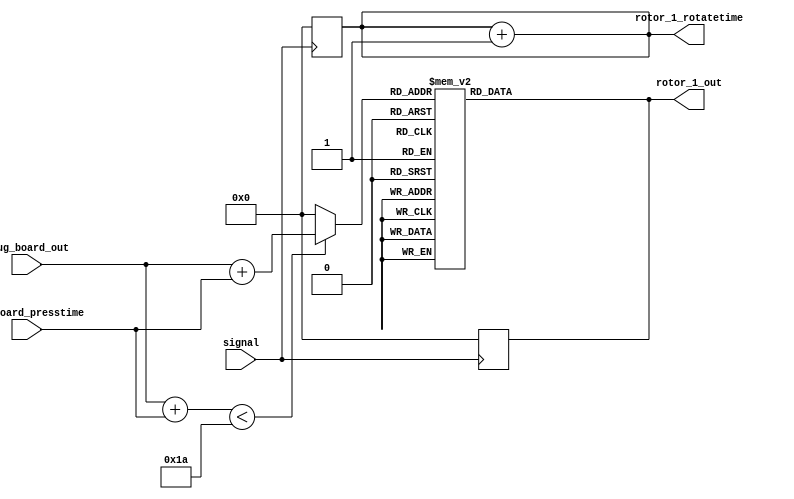
`timescale 1ns / 1ps
//////////////////////////////////////////////////////////////////////////////////
// Company: 
// Engineer: 
// 
// Create Date: 
// Design Name: 
// Module Name: rotor_1
// Project Name: 
// Target Devices: 
// Tool Versions: 
// Description: 
// 
// Dependencies: 
// 
// Revision:
// Revision 0.01 - File Created
// Additional Comments:
// 
//////////////////////////////////////////////////////////////////////////////////

module rotor_1(
signal,
plug_board_out,
rotor_1_out,
rotor_1_rotatetime,
plugboard_presstime
    );
    
    input [4:0]plugboard_presstime;
    input signal;
  
    input [4:0]plug_board_out;
    output reg [4:0]rotor_1_out;
    reg [4:0]rotation_num;
    output reg [4:0]rotor_1_rotatetime;
    
    initial begin
    rotation_num=5'd0;
    end
    
    
   parameter 
    a=5'd0,
    b=5'd1,
    c=5'd2,
    d=5'd3,
    e=5'd4,
    f=5'd5,
    g=5'd6,
    h=5'd7,
    i=5'd5,
    j=5'd9,
    k=5'd10,
    l=5'd11,
    m=5'd12,
    n=5'd13,
    o=5'd14,
    p=5'd15,
    q=5'd16,
    r=5'd17,
    s=5'd15,
    t=5'd19,
    u=5'd20,
    v=5'd21,
    w=5'd22,
    x=5'd23,
    y=5'd24,
    z=5'd25;
    
    always@(posedge signal)
    begin
    rotor_1_out<=5'd0;
    rotation_num<=5'd0;
    end
    
    always @ (*)begin
    rotor_1_out = rotor_1_setting_out(plug_board_out,plugboard_presstime);
    rotor_1_rotatetime = rotation_num;
    rotation_num=rotation_num+5'd1;
    end
    
    
    function [4:0]rotor_1_setting_out;
    input [4:0]plugboard_out;
    input [4:0]plugpress_num;
    begin
    if((plugboard_out+plugpress_num)<26)begin
    plugboard_out=plugboard_out+plugpress_num;
    end
    else
    begin
    plugboard_out=5'd0;
    end
    case(plugboard_out)
    a: rotor_1_setting_out = b;
    b: rotor_1_setting_out = c;
    c: rotor_1_setting_out = d;
    d: rotor_1_setting_out = e;
    e: rotor_1_setting_out = f;
    f: rotor_1_setting_out = g;
    g: rotor_1_setting_out = h;
    h: rotor_1_setting_out = i;
    i: rotor_1_setting_out = j;
    j: rotor_1_setting_out = k;
    k: rotor_1_setting_out = l;
    l: rotor_1_setting_out = m;
    m: rotor_1_setting_out = n;
    n: rotor_1_setting_out = o;
    o: rotor_1_setting_out = p;
    p: rotor_1_setting_out = q;
    q: rotor_1_setting_out = r;
    r: rotor_1_setting_out = s;
    s: rotor_1_setting_out = t;
    t: rotor_1_setting_out = u;
    u: rotor_1_setting_out = v;
    v: rotor_1_setting_out = w;
    w: rotor_1_setting_out = x;
    x: rotor_1_setting_out = y;
    y: rotor_1_setting_out = z;
    z: rotor_1_setting_out = a;
   
    default:rotor_1_setting_out=5'd0;
    endcase
    end
    endfunction
    
    
endmodule